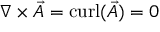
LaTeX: \nabla \times { \vec { A } } = \operatorname { c u r l } ( { \vec { A } } ) = 0